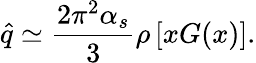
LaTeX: \widehat{q}\simeq{\frac{2\pi^{2}\alpha_{s}}{3}}\rho\, [xG(x)].